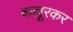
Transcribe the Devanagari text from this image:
कल्लूरकर